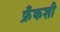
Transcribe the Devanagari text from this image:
फ्रँकशी